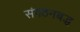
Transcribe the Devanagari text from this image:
संगठनबद्ध